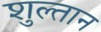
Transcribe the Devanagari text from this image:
शुल्तान